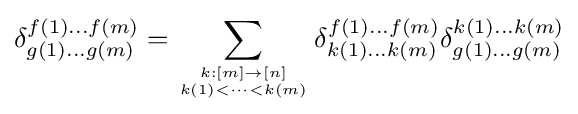
\delta _{g(1)\dots g(m)}^{f(1)\dots f(m)}=\sum _{k:[m]\to [n] \atop k(1)<\dots <k(m)}\delta _{k(1)\dots k(m)}^{f(1)\dots f(m)}\delta _{g(1)\dots g(m)}^{k(1)\dots k(m)}